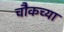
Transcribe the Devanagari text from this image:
चौकच्या